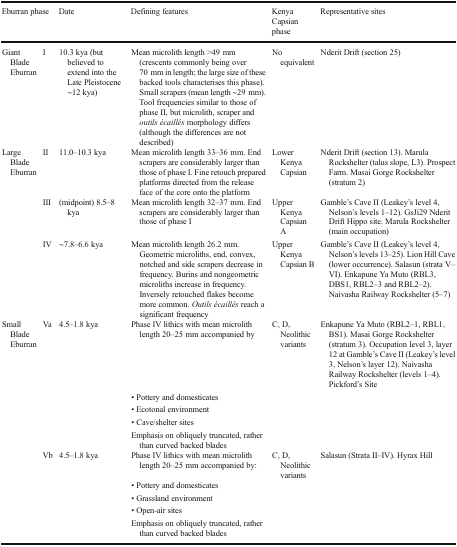
| <COLSPAN=2> Eburran phase | Date | Defining features | Kenya Capsian phase | Representative sites |
 | --- | --- | --- | --- | --- | --- |
 | Giant Blade Eburran | I | 10.3 kya (but believed to extend into the Late Pleistocene ∼12 kya) | Mean microlith length >49 mm (crescents commonly being over 70 mm in length; the large size of these backed tools characterises this phase). Small scrapers (mean length ∼29 mm). Tool frequencies similar to those of phase II, but microlith, scraper and outils écaillés morphology differs (although the differences are not described) | No equivalent | Nderit Drift (section 25) |
 | Large Blade Eburran | II | 11.0–10.3 kya | Mean microlith length 33–36 mm. End scrapers are considerably larger than those of phase I. Fine retouch prepared platforms directed from the release face of the core onto the platform | Lower Kenya Capsian | Nderit Drift (section 13). Marula Rockshelter (talus slope, L3). Prospect Farm. Masai Gorge Rockshelter (stratum 2) |
 |  | III | (midpoint) 8.5–8 kya | Mean microlith length 32–37 mm. End scrapers are considerably larger than those of phase I | Upper Kenya Capsian A | Gamble’s Cave II (Leakey’s level 4, Nelson’s levels 1–12). GsJi29 Nderit Drift Hippo site. Marula Rockshelter (main occupation) |
 |  | IV | ∼7.8–6.6 kya | Mean microlith length 26.2 mm. Geometric microliths, end, convex, notched and side scrapers decrease in frequency. Burins and nongeometric microliths increase in frequency. Inversely retouched flakes become more common. Outils écaillés reach a significant frequency | Upper Kenya Capsian B | Gamble’s Cave II (Leakey’s level 4, Nelson’s levels 13–25). Lion Hill Cave (lower occurrence). Salasun (strata V–VI). Enkapune Ya Muto (RBL3, DBS1, RBL2–3 and RBL2–2). Naivasha Railway Rockshelter (5–7) |
 | Small Blade Eburran | Va | 4.5–1.8 kya | Phase IV lithics with mean microlith length 20–25 mm accompanied by | C, D, Neolithic variants | Enkapune Ya Muto (RBL2–1, RBL1, BS1). Masai Gorge Rockshelter (stratum 3). Occupation level 3, layer 12 at Gamble’s Cave II (Leakey’s level 3, Nelson’s layer 12). Naivasha Railway Rockshelter (levels 1–4). Pickford’s Site |
 |  |  |  | • Pottery and domesticates |  |  |
 |  |  |  | • Ecotonal environment |  |  |
 |  |  |  | • Cave/shelter sites |  |  |
 |  |  |  | Emphasis on obliquely truncated, rather than curved backed blades |  |  |
 |  | Vb | 4.5–1.8 kya | Phase IV lithics with mean microlith length 20–25 mm accompanied by: | C, D, Neolithic variants | Salasun (Strata II–IV). Hyrax Hill |
 |  |  |  | • Pottery and domesticates |  |  |
 |  |  |  | • Grassland environment |  |  |
 |  |  |  | • Open-air sites |  |  |
 |  |  |  | Emphasis on obliquely truncated, rather than curved backed blades |  |  |